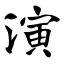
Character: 演